Punjab Mental Hospital Lahore 1932-46 - 1932-1946
Year: 1932
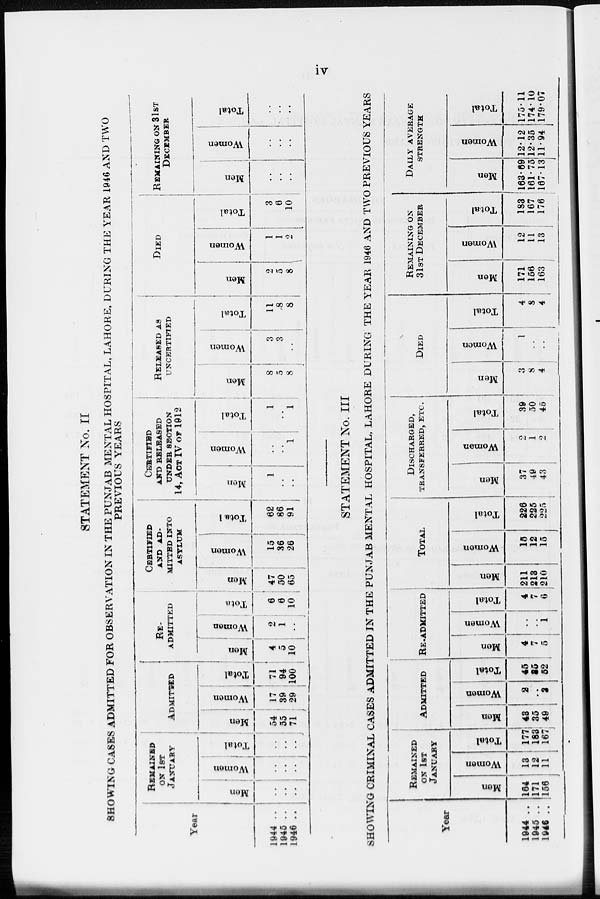
iv
STATEMENT No. II
SHOWING CASES ADMITTED FOR OBSERVATION IN THE PUNJAB MENTAL HOSPITAL, LAHORE, DURING THE YEAR 1946 AND TWO
PREVIOUS YEARS
Year
1944 ..
1945 ..
1946 ..
REMAINED
ON 1ST
JANUARY
Men
..
..
..
Women
..
..
..
Total
..
..
..
ADMITTED
Men
54
55
71
Women
17
39
29
Total
71
94
100
RE-
ADMITTED
Men
4
5
10
Women
2
1
..
Total
6
6
10
CERTIFIED
AND AD-
MITTED INTO
ASYLUM
Men
47
50
65
Women
15
36
26
Total
62
86
91
CERTIFIED
AND RELEASED
UNDER SECTION
14, ACT IV or 1912
Men
1
..
..
Women
..
..
1
Total
1
..
1
RELEASED AS
UNCERTIFIED
Men
8
5
8
Women
3
3
..
Total
11
8
8
DIED
Men
2
5
8
Women
1
1
2
Total
3
6
10
REMAINING ON 31ST
DECEMBER
Men
..
..
..
Women
..
..
..
Total
..
..
..
STATEMENT No. III
SHOWING CRIMINAL CASES ADMITTED IN THE PUNJAB MENTAL HOSPITAL LAHORE DURING THE YEAR 1946 AND TWO PREVIOUS YEARS
Year
1944 ..
1945 ..
1946 ..
REMAINED
ON 1ST
JANUARY
Men
164
171
156
Women
13
12
11
Total
177
183
167
ADMITTED
Men
43
35
49
Women
2
..
2
Total
45
35
52
RE-ADMITTED
Men
4
7
5
Women
..
..
1
Total
4
7
6
TOTAL
Men
211
213
210
Women
15
12
15
Total
226
225
225
DISCHARGED,
TRANSFERRED, ETC.
Men
37
49
43
Women
2
1
2
Total
39
50
45
DIED
Men
3
8
4
Women
1
..
..
Total
4
8
4
REMAINING ON
31ST DECEMBER
Men
171
156
163
Women
12
11
13
Total
183
167
176
DAILY AVERAGE
STRENGTH
Men
163.69
161.75
167.13
Women
12.12
12.35
11.94
Total
175.11
174.10
179.07